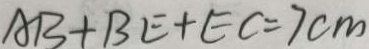
A B + B E + E C = 7 c m